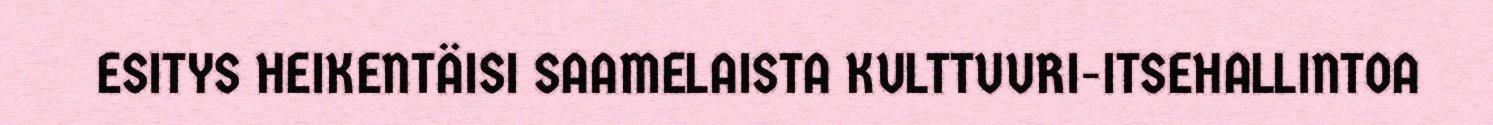
ESITYS HEIKENTÄISI SAAMELAISTA KULTTUURI-ITSEHALLINTOA